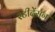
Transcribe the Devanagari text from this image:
स्टीदेंसन